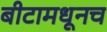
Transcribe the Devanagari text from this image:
बीटामधूनच